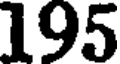
195